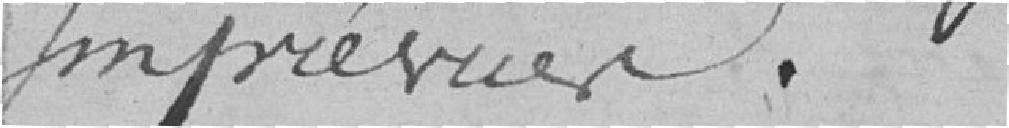
Imprévues.